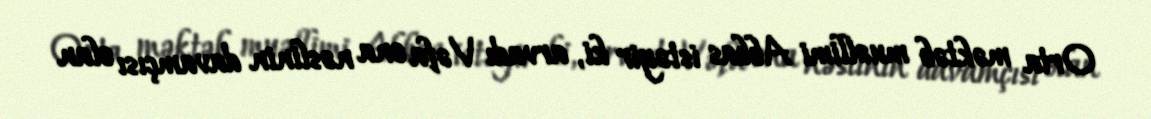
Orta məktəb muəllimi Abbas istəyir ki, arvadı Vəfa ona nəslinin davamçısı olan